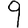
Digit: 9